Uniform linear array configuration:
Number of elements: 8
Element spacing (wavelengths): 0.5
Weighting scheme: hamming
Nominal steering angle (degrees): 30
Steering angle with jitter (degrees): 28.37
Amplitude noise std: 0.05
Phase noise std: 0.05

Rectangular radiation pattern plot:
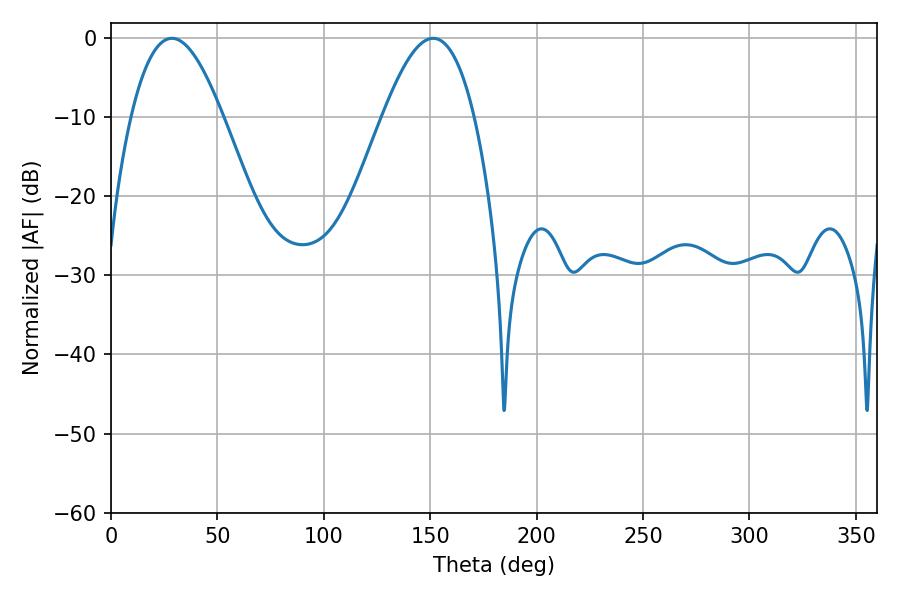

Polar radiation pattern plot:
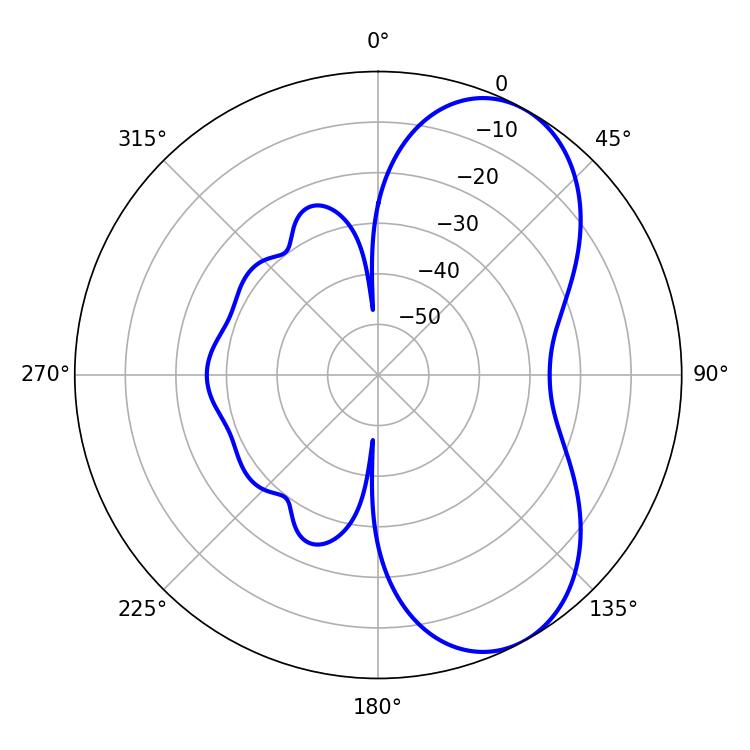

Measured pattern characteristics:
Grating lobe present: FALSE
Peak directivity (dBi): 6.584
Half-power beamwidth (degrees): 23.4
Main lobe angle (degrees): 151.38